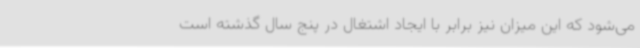
می‌شود که این میزان نیز برابر با ایجاد اشتغال در پنج سال گذشته است